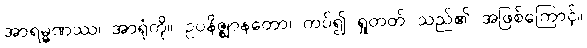
အာရမ္မဏဿ၊ အာရုံကို။ ဥပနိဇ္ဈာနတော၊ ကပ်၍ ရှုတတ် သည်၏ အဖြစ်ကြောင့်။